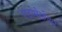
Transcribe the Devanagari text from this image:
एंडोमेसोडर्म